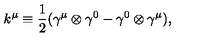
k ^ { \mu } \equiv \frac { 1 } { 2 } ( { \gamma } ^ { \mu } \otimes { \gamma } ^ { 0 } - { \gamma } ^ { 0 } \otimes { \gamma } ^ { \mu } ) ,